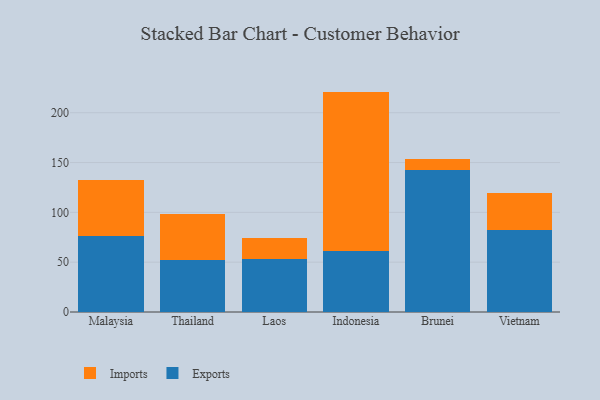
{"axis": {"x": "Country", "y": "Inventory Turnover"}, "legend": ["Exports", "Imports"], "data": [{"x": "Malaysia", "y": 76.5, "type": "Exports"}, {"x": "Malaysia", "y": 56.1, "type": "Imports"}, {"x": "Thailand", "y": 52.1, "type": "Exports"}, {"x": "Thailand", "y": 46.1, "type": "Imports"}, {"x": "Laos", "y": 53.6, "type": "Exports"}, {"x": "Laos", "y": 21.0, "type": "Imports"}, {"x": "Indonesia", "y": 61.4, "type": "Exports"}, {"x": "Indonesia", "y": 159.8, "type": "Imports"}, {"x": "Brunei", "y": 142.2, "type": "Exports"}, {"x": "Brunei", "y": 11.3, "type": "Imports"}, {"x": "Vietnam", "y": 82.2, "type": "Exports"}, {"x": "Vietnam", "y": 37.0, "type": "Imports"}]}